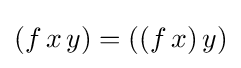
(f\,x\,y)=((f\,x)\,y)